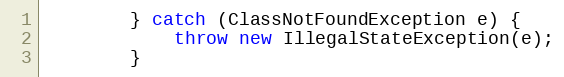
Language: Java
        } catch (ClassNotFoundException e) {
            throw new IllegalStateException(e);
        }